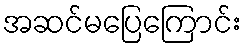
အဆင်မပြေကြောင်း